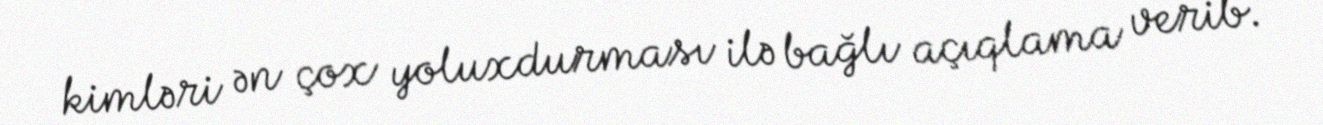
kimləri ən çox yoluxdurması ilə bağlı açıqlama verib.